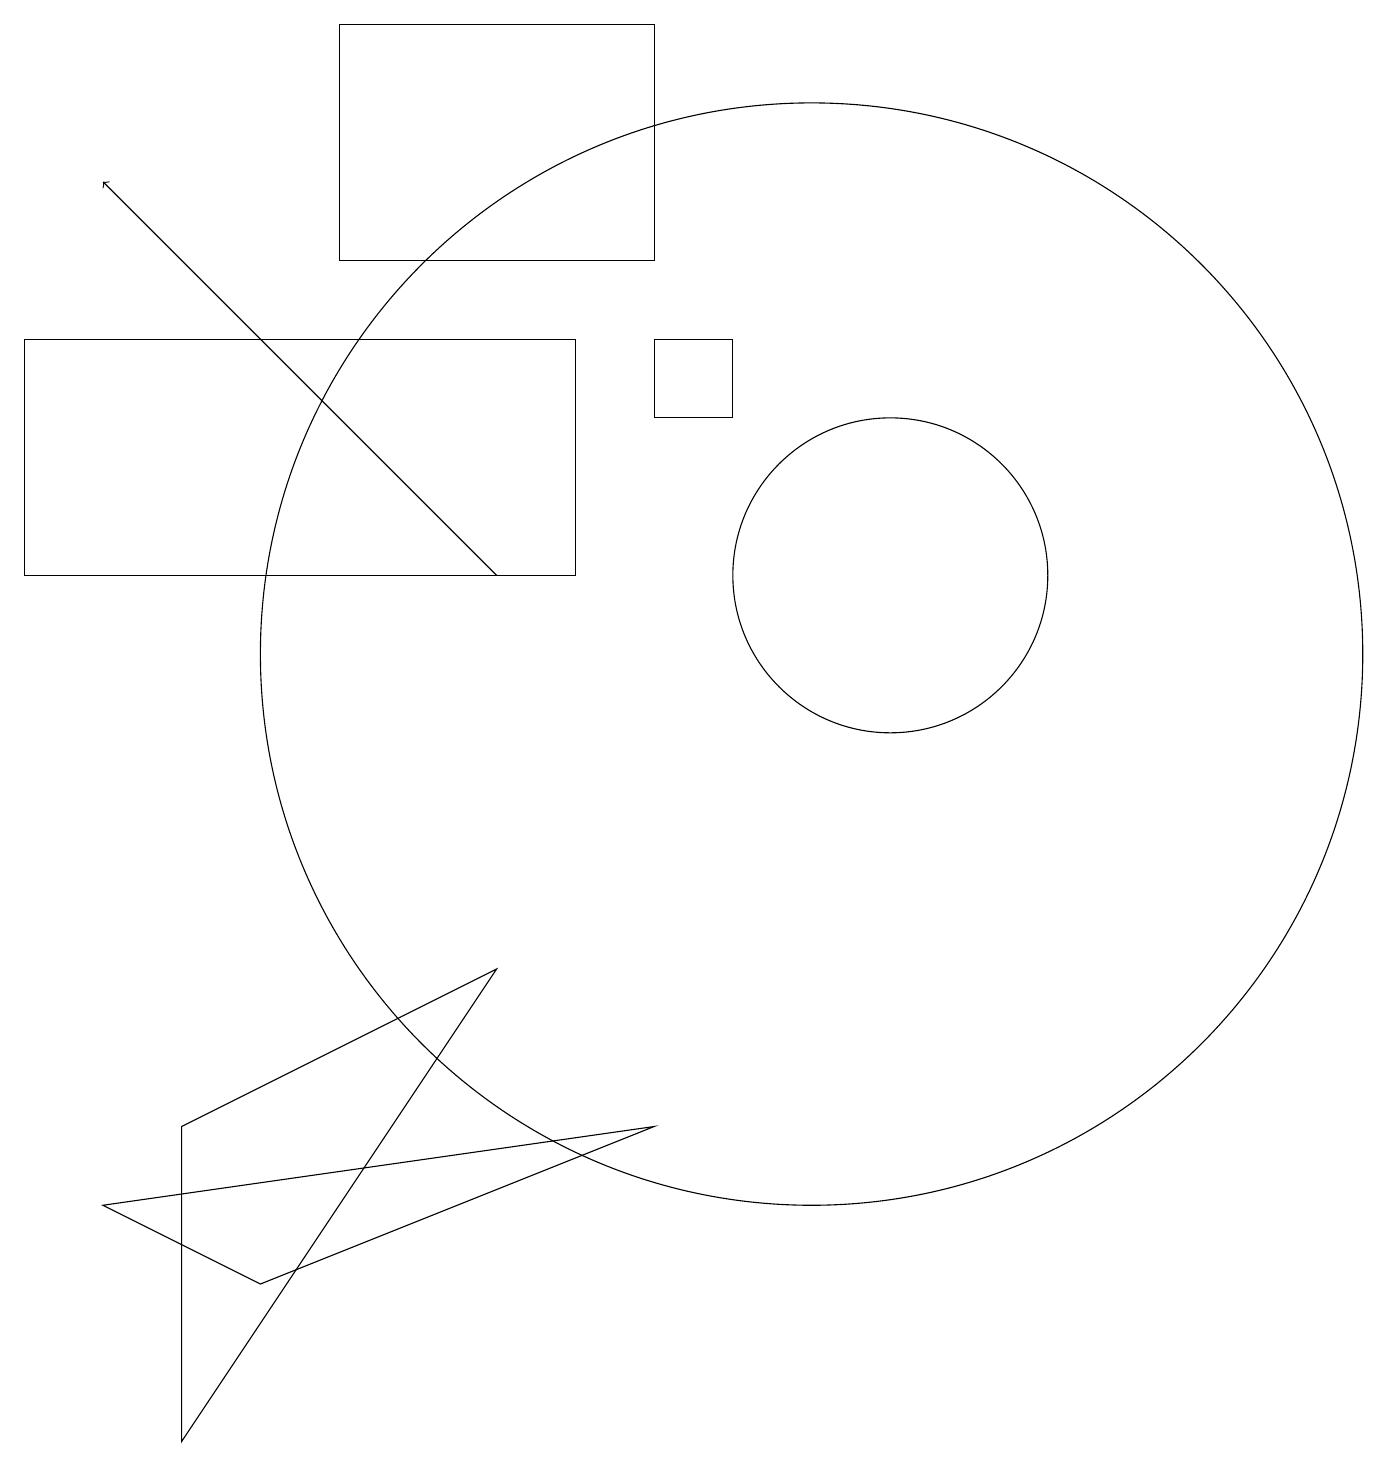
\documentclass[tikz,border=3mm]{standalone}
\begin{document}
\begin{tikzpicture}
\draw (2,5) -- (2,1) -- (6,7) -- cycle;
\draw (10,11) circle (7);
\draw (11,12) circle (2);
\draw (8,16) rectangle (4,19);
\draw[->] (6,12) -- (1,17);
\draw (8,15) rectangle (9,14);
\draw (3,3) -- (8,5) -- (1,4) -- cycle;
\draw (7,15) rectangle (0,12);
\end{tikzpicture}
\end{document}